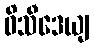
ဝိသီဒေယျ